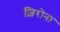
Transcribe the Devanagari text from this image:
ज़िरोना